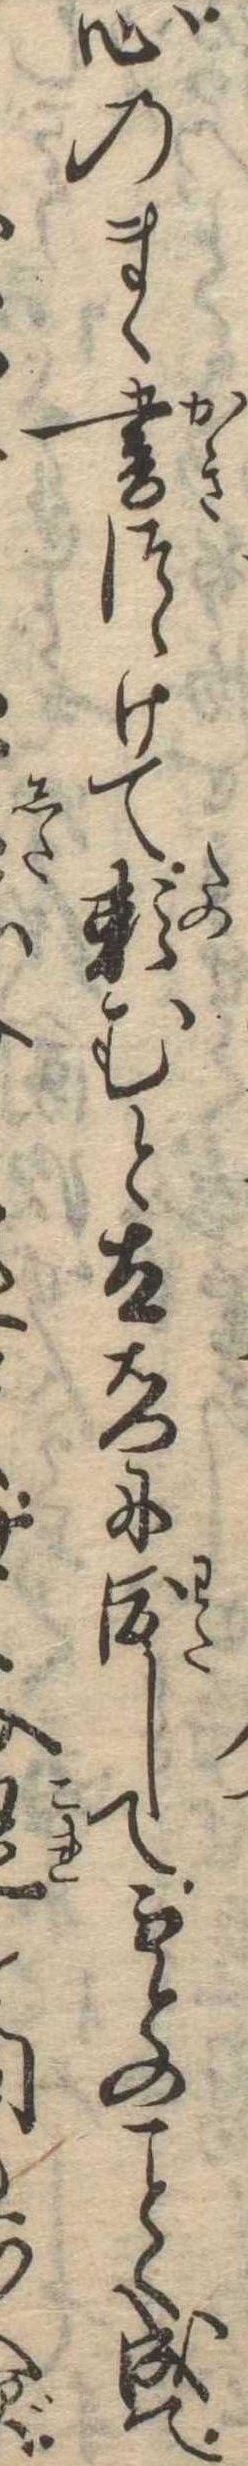
心のまゝ書つゝけて頼むと太右門に渡してもとのく成てず